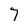
Character: 7